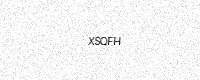
Text: XSQFH